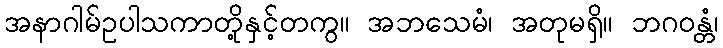
အနာဂါမ်ဥပါသကာတို့နှင့်တကွ။ အဘသေမံ၊ အတုမရှိ။ ဘဂဝန္တံ၊